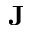
\bf { J }